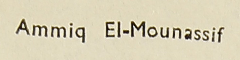
Ammiq El-Mounassif